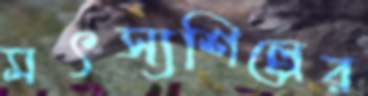
মৎস্যশিল্পের